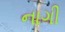
નાગી